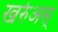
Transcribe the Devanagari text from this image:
खर्रुअस्